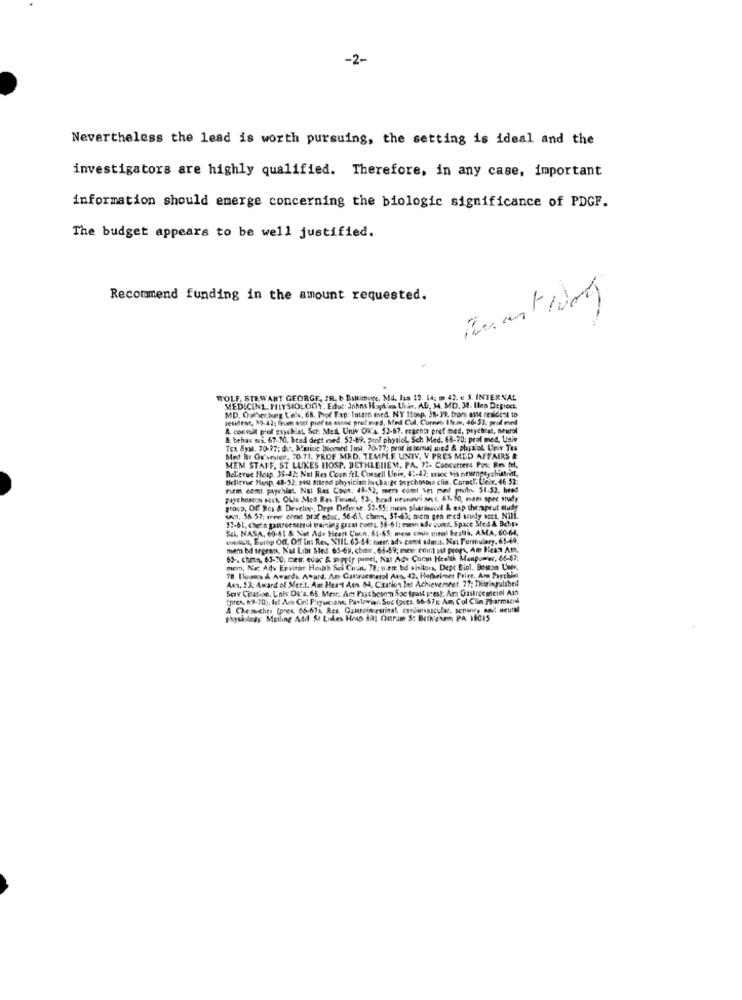
-2-
Nevertheless the lead is worth pursuing, the setting is ideal and the
investigators are highly qualified. Therefore, in any case, important
information should emerge concerning the biologic significance of PDGF.
The budget appears to be well justified.
Recommend funding in the amount requested.
Buantwort
TOLF. STEWANT GEORGE, JR. b Baltimore, Md. Jun 12. 14; m 42. e 3. INTERNAL
. INTERNAL
MEDICINE, PHYSIOLOGY. Edut: Johns Hopkins Unir, AD, 34, MD. 3. Hos Degrees;
MD, Outhechung Lelk, 68. Prod F.xp: Intern med, NY Itoup, JR. 39. from ane resident to
vetiden, 89-42; feum est prof es asine pref = es, Med Cul, Cornele Ifuir, 46-53: prul med
. 39. from ang res
A conmit prof psychiat, Sch Med. Univ OW'A. 52-67. regent prof med, prychist, neutel
& behar ari, 67-10), head dept med. 52-69. prof physiol, Sch Med. 68-70: prof med. Univ
Tex Syst. 70-77; die, Amring Boomsed Tust. 70-77; prof internal mied & physiol. Univ Tes
Med Bir Ox'vesier, 70.71. PROF MED. TEMME UNIV, V PRES MED AFFAIRS &
MEM STAFF, ST LUKES HOSP. BETHLEIIEM, PA. 72- Concurrent Pose Res fel,
Bellerwe Hosp. 35-42: Nat Res Coun fel. Cornell Univ, 42-42; moc Vis neuropsychifinit,
Bellevue Henp, 48-32; a44 attend physician incharts psychoson clin. Cornel, Unir, 46-52;
rem comt psychiat. Noi Res Coun, 48.52, mers comt vet med prob. 51-52, head
Faye hososs ast, OWJe Med Res Found, 12 ., head neseovi aut. 61. 10, mam spec study
grocp, Of Res & Develop, Dept Deferse. $2-55; mem phatiscel & exp therapeut Study
4AM, 55-57; arew event prat educ. 56-63, chmn, 51-63; nicm gen med study sett, NII.
57-61, chen gastroenterol training grant cums, 58-6 1; men ade womit. Space Med & Bche>
Sel. NASA, 60-61 & Not Adv Hear Cuon, 61-65; mess cous meal britlà, AMA, 60-64,
wwwuit, Europ Off, Off In: Res, SIIL. 65-44: mem ads cont adm.t. No: Formulary, 65-49,
mem bd segens, Kat Libr Med. 65-69. chanr, 68-69; mes: coint sul progs, Am Hea.7 Am,
65. chmn, 63-10: ces. educ & sipriy panel, Nat Ad- Corin Health Manpower, 66-67;
mem, Ka: Adv Ervitar Hobh Sci Cuan, 72; wem bd visitors, Dept Biol. Bestpo Univ.
78. Ilesas & Awards Award. Am Carsurmerol Atn, 42. Hofheimer Prize, Am Psychiat
Ans, 13: Award of Met.t. Am Heart Atn 64, Citation Bet Achieversest. 27: Dimingulshed
Scrv Ciration, L'niv Ol'a. 66. Mest: Art Paschosom Sae Ipanst prest; Arı Gastroemiciel Ass
tpres, hf-70), fel Am Col Paysetsans; Pavlowar. Suc (ces. 66-67x Am Col Clin Pharmacol
A Chemchts (pres. 66-67% Res. Gaurointestinal, cardinvascular, senonr) and seural
physiology. Mailing Add & Likes Hosp ial Ourim S: Bcthekem PA 10015